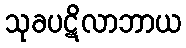
သုခပဋိလာဘာယ